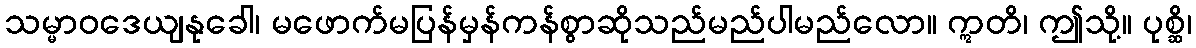
သမ္မာဝဒေယျနုခေါ၊ မဖောက်မပြန်မှန်ကန်စွာဆိုသည်မည်ပါမည်လော။ ဣတိ၊ ဤသို့။ ပုစ္ဆိ၊